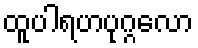
ထူပါရဟပုဂ္ဂလော